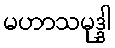
မဟာသမုဒ္ဒါ